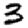
Digit: 3